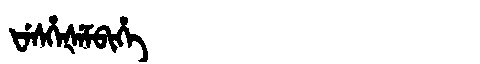
Manchu: ᡶᡝᠰᡥᡝᡧᡝᠮᠪᡳᡥᡝ
Romanization: FESHEŠEMBIHE